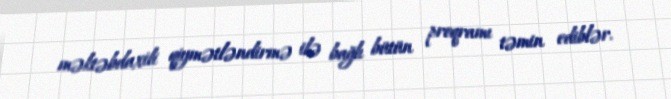
məktəbdaxili qiymətləndirmə ilə bağlı bütün proqramı təmin ediblər.